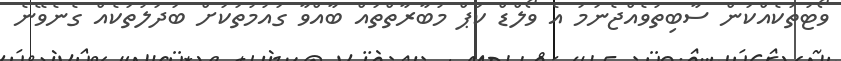
ވޯޓުތަކެއްކަން ސާބިތުވެއްޖެނަމަ އެ ވޯލްޑް ކަޕް މުބާރާތްތައް ބާއްވާ ގައުމުތަކަށް ބަދަލުތަކެއް ގެނެވޭނެ